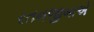
રતનજીબાએ